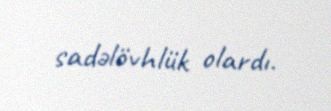
sadəlövhlük olardı.